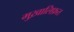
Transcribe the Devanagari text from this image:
मुख़ालिफ़त